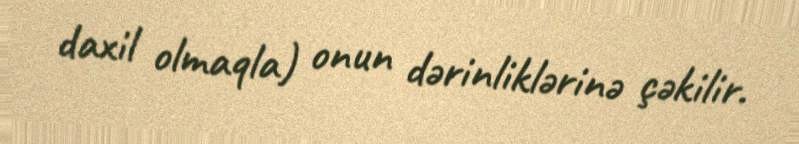
daxil olmaqla) onun dərinliklərinə çəkilir.